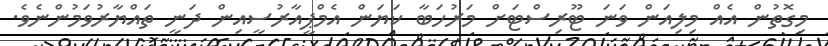
މިގޮތުން އެއް މިލިއަން ވަނަ ޓޫރިސްޓަށް މަރުހަބާ ކަޔަން އެމްޕީއާރުސީއިން ދަނީ ތައްޔާރުވަމުންނެވެ.